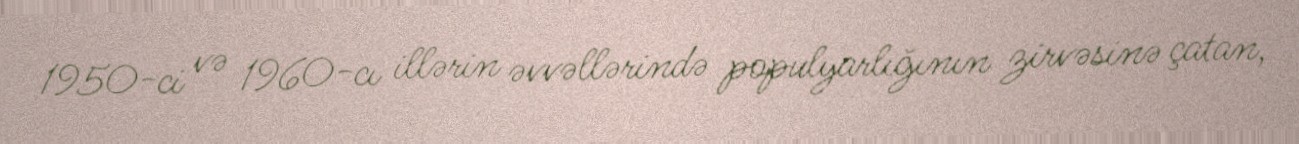
1950-ci və 1960-cı illərin əvvəllərində populyarlığının zirvəsinə çatan,